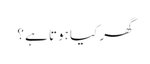
گھر کیا ہوتا ہے ؟